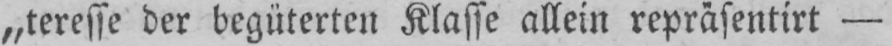
„teresse der begüterten Klasse allein repräsentirt -